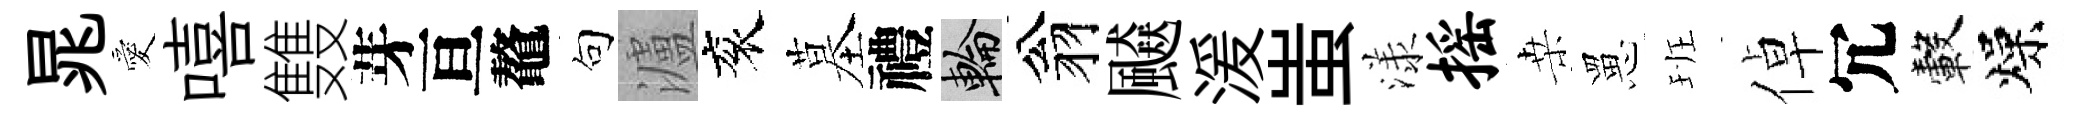
晁愛嘻䨇芽亘鼇句瀘衮墓禮輪翁飇湲蚩漾摇桒罳班倬冗轂燥